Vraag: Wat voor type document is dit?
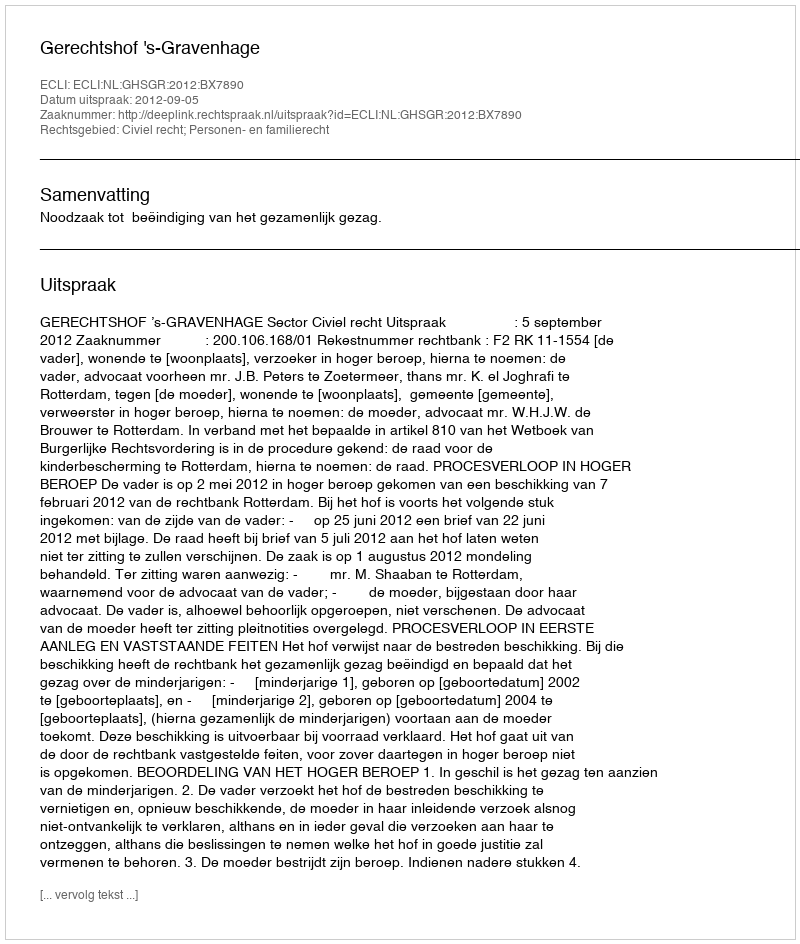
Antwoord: Uitspraak